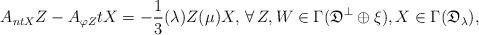
LaTeX: \begin{align*}A_{ntX}Z-A_{\varphi Z}tX = -\frac{1}{3}(\lambda)Z(\mu)X, \,\forall \, Z, W \in \Gamma(\mathfrak{D}^{\bot}\oplus\xi), X \in \Gamma(\mathfrak{D}_{\lambda}), \end{align*}